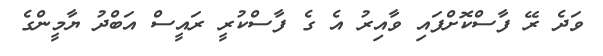
ވަދެ ރޭ ފާސްކޮށްފައި ވާއިރު އެ ގެ ފާސްކުރީ ރައީސް އަބްދު ޔާމީންގެ